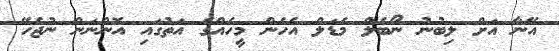
އޭނާ އަށް ލިބުނު ނޯބެލް މެޑަލް އެހެން މީހެއްގެ އަތުގައި އޮންނަން ނުޖެހޭ